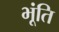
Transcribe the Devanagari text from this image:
भूंति